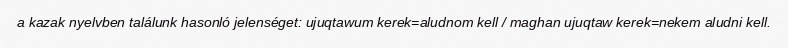
a kazak nyelvben találunk hasonló jelenséget: ujuqtawum kerek=aludnom kell / maghan ujuqtaw kerek=nekem aludni kell.